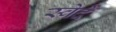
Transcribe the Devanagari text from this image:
स्वेदें